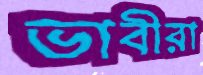
ভাবীরা